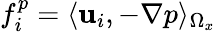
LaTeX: f_{i}^{p}=\langle{\mathbf{u}}_{i},-\nabla p\rangle_{\Omega_{x}}